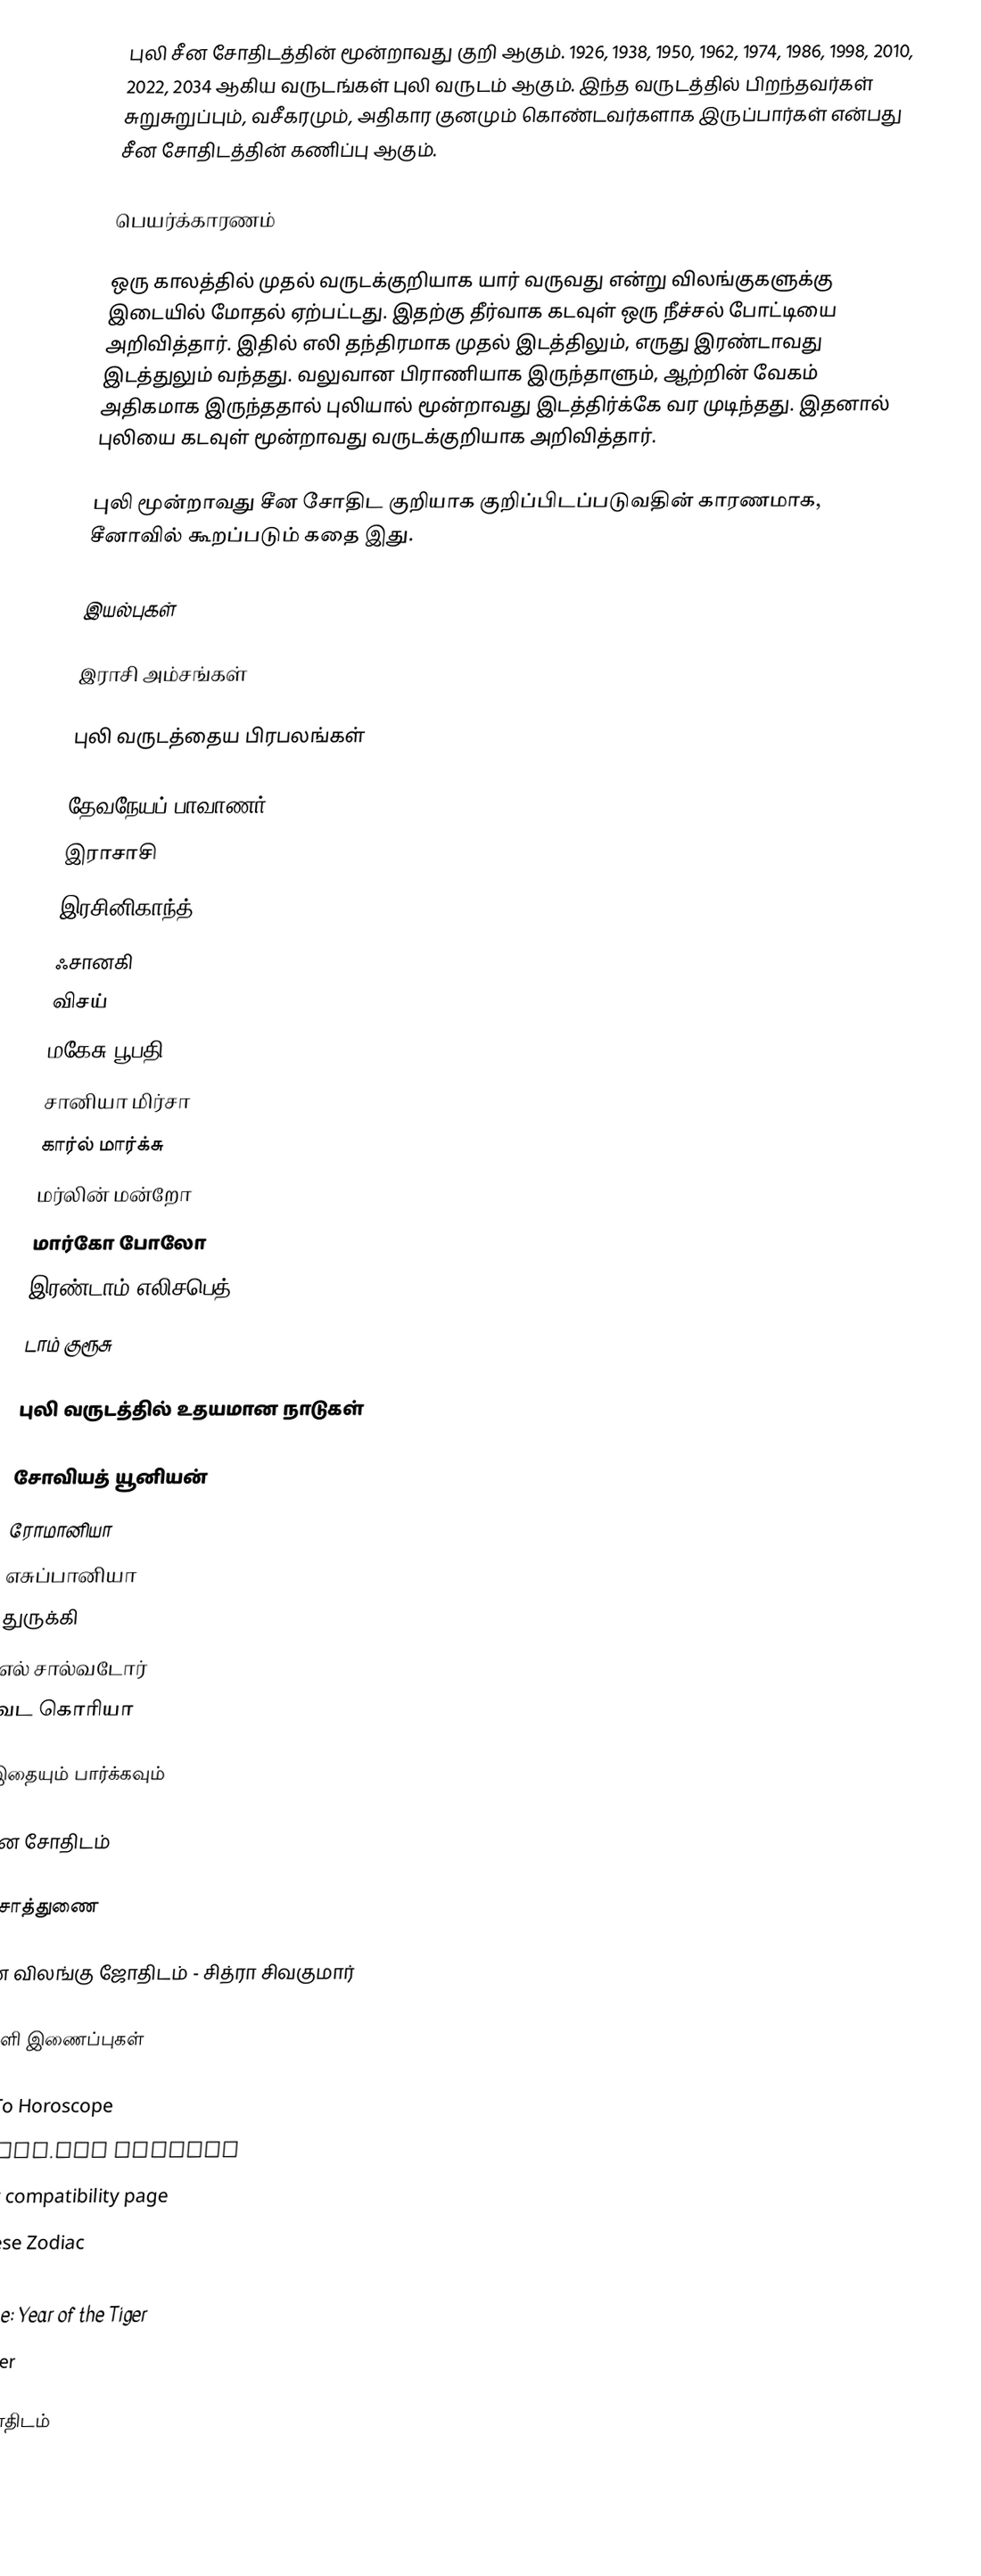
புலி சீன சோதிடத்தின் மூன்றாவது குறி ஆகும். 1926, 1938, 1950, 1962, 1974, 1986, 1998, 2010, 2022, 2034 ஆகிய வருடங்கள் புலி வருடம் ஆகும். இந்த வருடத்தில் பிறந்தவர்கள் சுறுசுறுப்பும், வசீகரமும், அதிகார குனமும் கொண்டவர்களாக இருப்பார்கள் என்பது சீன சோதிடத்தின் கணிப்பு ஆகும்.

பெயர்க்காரணம்

ஒரு காலத்தில் முதல் வருடக்குறியாக யார் வருவது என்று விலங்குகளுக்கு இடையில் மோதல் ஏற்பட்டது. இதற்கு தீர்வாக கடவுள் ஒரு நீச்சல் போட்டியை அறிவித்தார். இதில் எலி தந்திரமாக முதல் இடத்திலும், எருது இரண்டாவது இடத்துலும் வந்தது. வலுவான பிராணியாக இருந்தாளும், ஆற்றின் வேகம் அதிகமாக இருந்ததால் புலியால் மூன்றாவது இடத்திர்க்கே வர முடிந்தது. இதனால் புலியை கடவுள் மூன்றாவது வருடக்குறியாக அறிவித்தார்.

புலி மூன்றாவது சீன சோதிட குறியாக குறிப்பிடப்படுவதின் காரணமாக, சீனாவில் கூறப்படும் கதை இது.

இயல்புகள்

இராசி அம்சங்கள்

புலி வருடத்தைய பிரபலங்கள்

 தேவநேயப் பாவாணர்
 இராசாசி
 இரசினிகாந்த்
 ஃசானகி
 விசய்
 மகேசு பூபதி
 சானியா மிர்சா
 கார்ல் மார்க்சு
 மர்லின் மன்றோ
 மார்கோ போலோ
 இரண்டாம் எலிசபெத்
 டாம் குரூசு

புலி வருடத்தில் உதயமான நாடுகள்

 சோவியத் யூனியன்
 ரோமானியா
 எசுப்பானியா
 துருக்கி
 எல் சால்வடோர்
 வட கொரியா

இதையும் பார்க்கவும்

 சீன சோதிடம்

உசாத்துணை

 சீன விலங்கு ஜோதிடம் - சித்ரா சிவகுமார்

வெளி இணைப்புகள்

 Go To Horoscope
 Tarot.com profile
 Tiger compatibility page
 Chinese Zodiac
 Year of the Tiger
 Chinese: Year of the Tiger
 The Tiger

சீன சோதிடம்

de:Chinesische Astrologie#Zählung ab Jahresbeginn